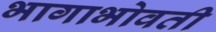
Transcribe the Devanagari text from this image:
भागाभोवती